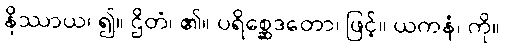
နိဿာယ၊ ၍။ ဌိတံ၊ ၏။ ပရိစ္ဆေဒတော၊ ဖြင့်။ ယကနံ၊ ကို။